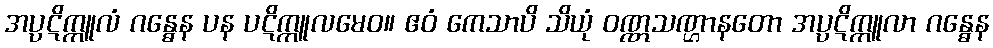
အပ္ပဋိက္ကူလံ ဂန္ဓေန ပန ပဋိက္ကူလမေဝ။ ဧဝံ ကေသာပိ သိယုံ ဝဏ္ဏသဏ္ဌာနတော အပ္ပဋိက္ကူလာ ဂန္ဓေန